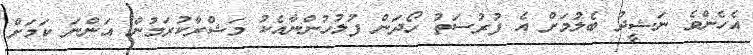
އެހެންވެ ނަޝީދު ބެލުމަށް އެ ފުރުސަތު ހޯދަން ފުލުހުންނާއެކު މަޝްރާކުރަމުން އަންނަ ކަމަށް